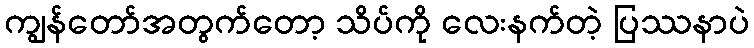
ကျွန်တော်အတွက်တော့ သိပ်ကို လေးနက်တဲ့ ပြဿနာပဲ